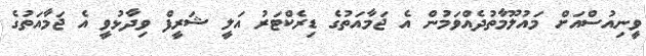
ވީނިއުސްއަށް މައުލޫމާތުދެއްވަމުން އެ ޖަމާއަތުގެ ޑިރެކްޓަރު އަލީ ޝަރީފް ވިދާޅުވީ އެ ޖަމާއަތުގެ